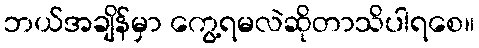
ဘယ်အချိန်မှာ ကွေ့ရမလဲဆိုတာသိပါရစေ။